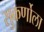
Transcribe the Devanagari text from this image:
सुकर्णोला